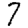
Digit: 7